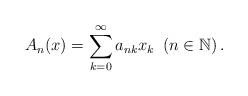
LaTeX: \begin{align*} A_{n}(x)=\sum\limits_{k=0}^{\infty} a_{nk}x_{k}\ \left( n\in \mathbb{N}\right). \end{align*}